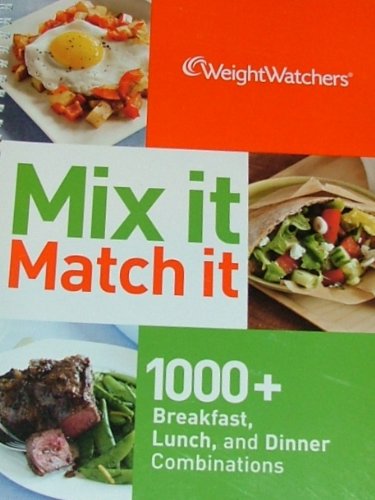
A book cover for Weight Watchers Mix it Match it; 1000+ Breakfast, Lunch, and Dinner Combinations; Weight Watchers; Health, Fitness & Dieting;